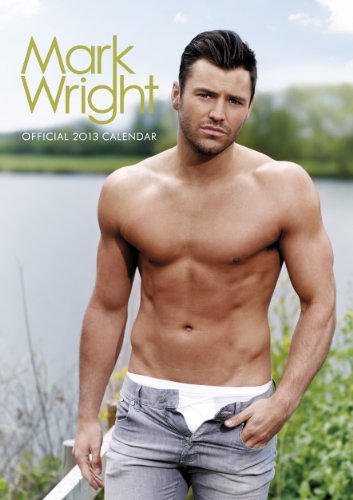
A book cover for Official Mark Wright 2013 Calendar; Calendars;